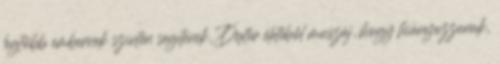
legtöbb embernek szintén segítenek, Dexter életéből muszáj, hogy hiányozzanak,